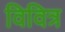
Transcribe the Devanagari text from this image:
विवित्र